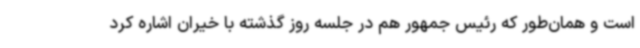
است و همان‌طور که رئیس جمهور هم در جلسه روز گذشته با خیران اشاره کرد